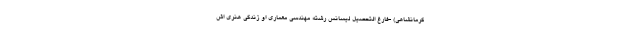
کرمانشاهی) -فارغ التحصیل لیسانس رشته مهندسی معماری او زندگی هنری اش